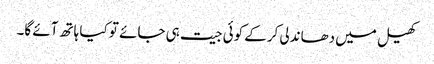
کھیل میں دھاندلی کرکے کوئی جیت ہی جائے تو کیا ہاتھ آئے گا۔